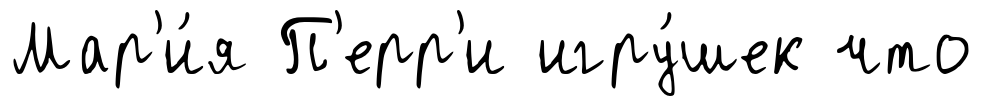
Мар'и́я П'ерр'и игру́шек что